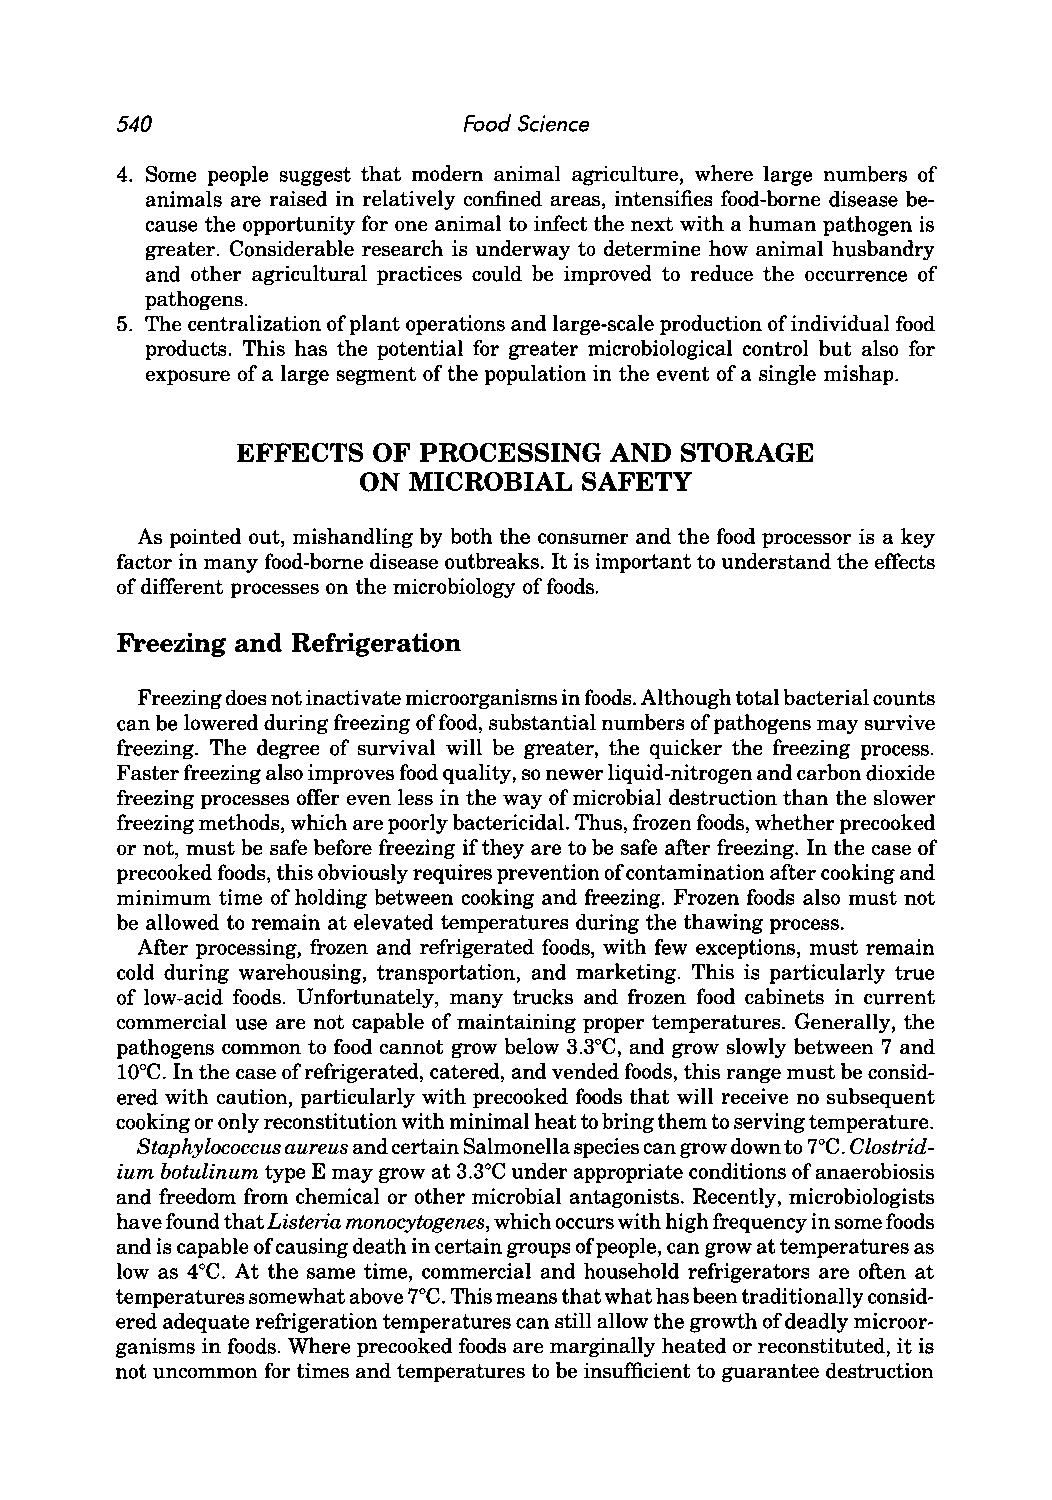
540                    Food Science
 4. Some people suggest that modern animal agriculture, where large numbers of
 animals are raised in relatively confined areas, intensifies food-borne disease be
 cause the opportunity for one animal to infect the next with a human pathogen is
 greater. Considerable research is underway to determine how animal husbandry
 and other agricultural practices could be improved to reduce the occurrence of
 pathogens.
 5. The centralization of plant operations and large-scale production of individual food
 products. This has the potential for greater microbiological control but also for
 exposure of a large segment of the population in the event of a single mishap.
 EFFECTS  OF PROCESSING  AND  STORAGE
 ON MICROBIAL   SAFETY
 As pointed out, mishandling by both the consumer and the food processor is a key
 factor in many food-borne disease outbreaks. It is important to understand the effects
 of different processes on the microbiology of foods.
 Freezing and Refrigeration
 Freezing does not inactivate microorganisms in foods. Although total bacterial counts
 can be lowered during freezing of food, substantial numbers of pathogens may survive
 freezing. The degree of survival will be greater, the quicker the freezing process.
 Faster freezing also improves food quality, so newer liquid-nitrogen and carbon dioxide
 freezing processes offer even less in the way of microbial destruction than the slower
 freezing methods, which are poorly bactericidal. Thus, frozen foods, whether precooked
 or not, must be safe before freezing if they are to be safe after freezing. In the case of
 precooked foods, this obviously requires prevention of contamination after cooking and
 minimum time of holding between cooking and freezing. Frozen foods also must not
 be allowed to remain at elevated temperatures during the thawing process.
 After processing, frozen and refrigerated foods, with few exceptions, must remain
 cold during warehousing, transportation, and marketing. This is particularly true
 of low-acid foods. Unfortunately, many trucks and frozen food cabinets in current
 commercial use are not capable of maintaining proper temperatures. Generally, the
 pathogens common to food cannot grow below 3.3°C, and grow slowly between 7 and
 lOoC. In the case of refrigerated, catered, and vended foods, this range must be consid
 ered with caution, particularly with precooked foods that will receive no subsequent
 cooking or only reconstitution with minimal heat to bring them to serving temperature.
 Staphylococcus aureus and certain Salmonella species can grow down to 7°C. Clostrid
 ium botulinum type E may grow at 3.3°C under appropriate conditions of anaerobiosis
 and freedom from chemical or other microbial antagonists. Recently, microbiologists
 have found that Listeria monocytogenes, which occurs with high frequency in some foods
 and is capable of causing death in certain groups of people, can grow at temperatures as
 low as 4°C. At the same time, commercial and household refrigerators are often at
 temperatures somewhat above 7°C. This means that what has been traditionally consid
 ered adequate refrigeration temperatures can still allow the growth of deadly microor
 ganisms in foods. Where precooked foods are marginally heated or reconstituted, it is
 not uncommon for times and temperatures to be insufficient to guarantee destruction